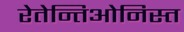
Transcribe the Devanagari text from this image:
रेतेन्तिओनिस्त